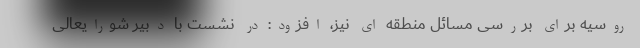
روسیه برای بررسی مسائل منطقه ای نیز، افزود: در نشست با دبیر شورایعالی